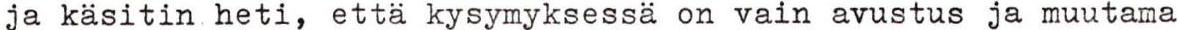
ja käsitin heti, että kysymyksessä on vain avustus ja muutama